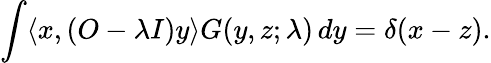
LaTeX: \int\langle x,(O-\lambda I)y\rangle G(y,z;\lambda)\, dy=\delta(x-z).